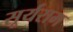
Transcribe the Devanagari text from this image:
सूर्यराम